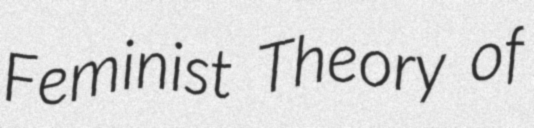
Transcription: Feminist Theory of